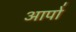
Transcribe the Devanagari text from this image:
आपो॑